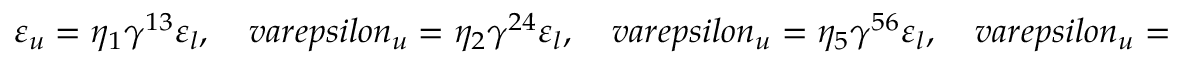
\varepsilon _ { u } = \eta _ { 1 } \gamma ^ { 1 3 } \varepsilon _ { l } , \ \ \ \ \, v a r e p s i l o n _ { u } = \eta _ { 2 } \gamma ^ { 2 4 } \varepsilon _ { l } , \ \ \ \ \, v a r e p s i l o n _ { u } = \eta _ { 5 } \gamma ^ { 5 6 } \varepsilon _ { l } , \ \ \ \ \, v a r e p s i l o n _ { u } = i \eta _ { e } \eta _ { q } \varepsilon _ { l } ,